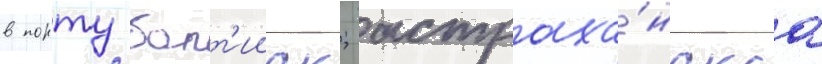
в порту балт'ииск; астраха́нскаа